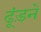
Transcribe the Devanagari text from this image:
ढूंड़ने